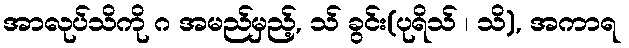
အာလုပ်သိကို ဂ အမည်မှည့်, သ် ခွင်း(ပုရိသ် ၊ သိ), အကာရ